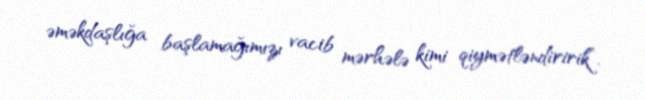
əməkdaşlığa başlamağımızı vacib mərhələ kimi qiymətləndiririk”.